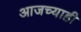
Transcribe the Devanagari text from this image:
आजच्याही